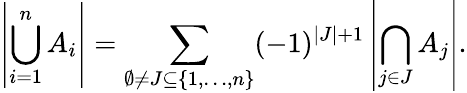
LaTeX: \left|\bigcup_{i=1}^{n}A_{i}\right|=\sum_{\emptyset\neq J\subseteq\{ 1,\ldots,n\} }(-1)^{|J|+1}\left|\bigcap_{j\in J}A_{j}\right|.